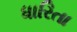
ધારિતા